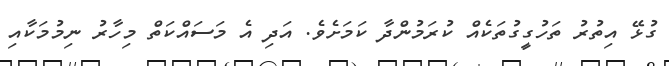
ގުޅޭ އިތުރު ތަހުގީގުތަކެއް ކުރަމުންދާ ކަމަށެވެ. އަދި އެ މަސައްކަތް މިހާރު ނިމުމަކާއި